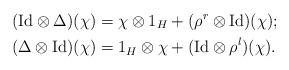
LaTeX: \begin{align*} (\mathrm{Id}\otimes\Delta)(\chi) &=\chi\otimes 1_{H}+(\rho^r\otimes\mathrm{Id})(\chi); \\ (\Delta\otimes\mathrm{Id})(\chi) &=1_{H}\otimes\chi+(\mathrm{Id}\otimes\rho^l)(\chi). \end{align*}